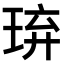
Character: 𤥡